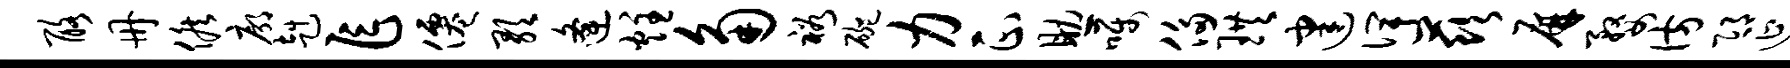
酪册候廓赳乍仙歌逄炷角裕碗力正助嘱侈珙建俾兹屏婺彷邛延